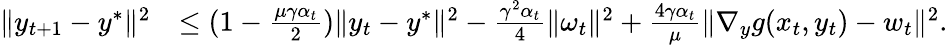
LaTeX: \begin{array}{rl}{\| y_{t+1}-y^{*}\| ^{2}}&{\leq(1-\frac{\mu\gamma\alpha_{t}}{2})\| y_{t}-y^{*}\| ^{2}-\frac{\gamma^{2}\alpha_{t}}{4}\| \omega_{t}\| ^{2}+\frac{4\gamma\alpha_{t}}{\mu}\| \nabla_{y}g(x_{t},y_{t})-w_{t}\| ^{2}.}\end{array}